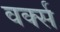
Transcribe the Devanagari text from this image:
वर्क्स